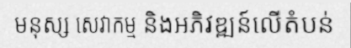
មនុស្ស សេវាកម្ម និងអភិវឌ្ឍន៍លើតំបន់